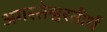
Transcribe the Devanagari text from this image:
अगस्तेश्वरतीर्थ